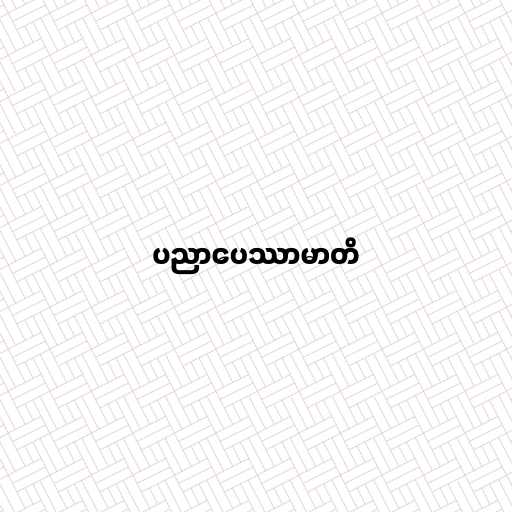
ပညာပေဿာမာတိ